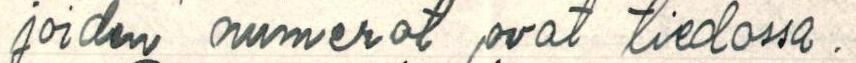
joiden numerot ovat tiedossa.